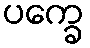
ပက္ခေ